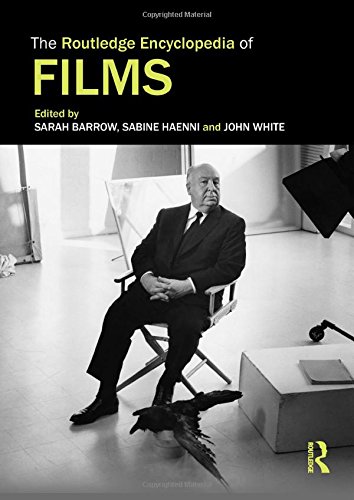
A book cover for The Routledge Encyclopedia of Films; Humor & Entertainment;